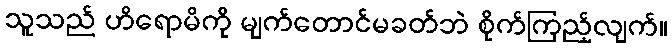
သူသည် ဟိရောမိကို မျက်တောင်မခတ်ဘဲ စိုက်ကြည့်လျက်။